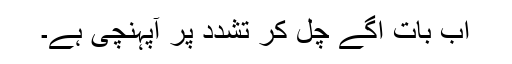
اب بات آگے چل کر تشدد پر آپہنچی ہے۔